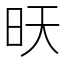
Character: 𭥔